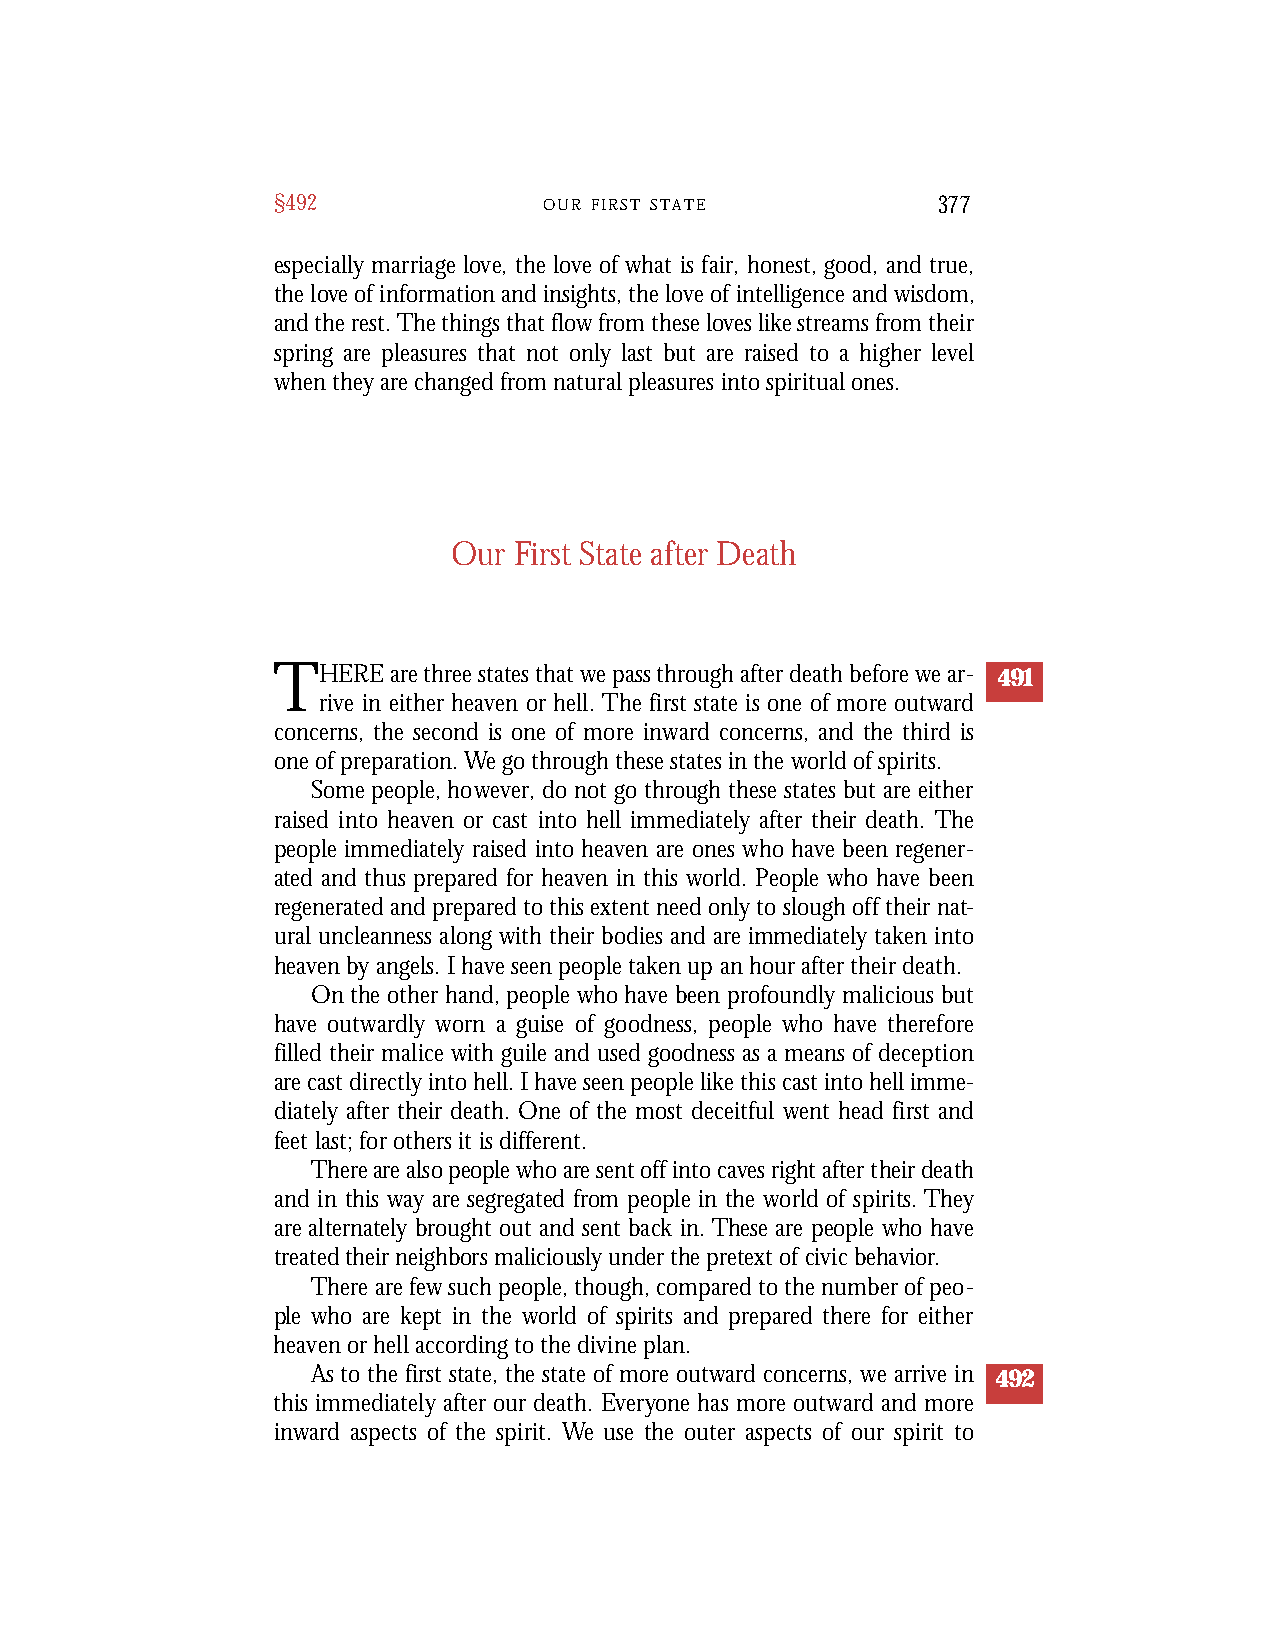
§492              O U R F I R S T S T A T E 377
 especially marriage love, the love of what is fair, honest, good, and true,
 the love of information and insights, the love of intelligence and wisdom,
 and the rest. The things that flow from these loves like streams from their
 spring are pleasures that not only last but are raised to a higher level
 when they are changed from natural pleasures into spiritual ones.
 Our First State after Death
 THERE   are three states that we pass through after death before we ar- 491
 rive in either heaven or hell. The first state is one of more outward
 concerns, the second is one of more inward concerns, and the third is
 one of preparation. We go through these states in the world of spirits.
 Some people, however, do not go through these states but are either
 raised into heaven or cast into hell immediately after their death. The
 people immediately raised into heaven are ones who have been regener-
 ated and thus prepared for heaven in this world. People who have been
 regenerated and prepared to this extent need only to slough off their nat-
 ural uncleanness along with their bodies and are immediately taken into
 heaven by angels. I have seen people taken up an hour after their death.
 On the other hand, people who have been profoundly malicious but
 have outwardly worn a guise of goodness, people who have therefore
 filled their malice with guile and used goodness as a means of deception
 are cast directly into hell. I have seen people like this cast into hell imme-
 diately after their death. One of the most deceitful went head first and
 feet last; for others it is different.
 Th e r e are also people who are sent off into caves right after their death
 and in this way are segregated from people in the world of spirits. Th e y
 ar e alternately brought out and sent back in. These are people who have
 tr eated their neighbors maliciously under the pretext of civic behavior.
 There are few such people, though, compared to the number of peo-
 ple who are kept in the world of spirits and prepared there for either
 heaven or hell according to the divine plan.
 As to the first state, the state of more outward concerns, we arrive in 492
 this immediately after our death. Everyone has more outward and more
 inward aspects of the spirit. We use the outer aspects of our spirit to